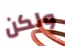
ولكن